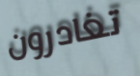
تغادرون